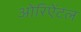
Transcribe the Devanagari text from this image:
ओरिऐंटल